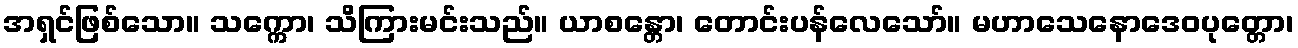
အရှင်ဖြစ်သော။ သက္ကော၊ သိကြားမင်းသည်။ ယာစန္တော၊ တောင်းပန်လေသော်။ မဟာသေနောဒေဝပုတ္တော၊